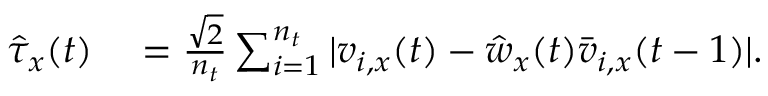
\begin{array} { r l } { \hat { \tau } _ { x } ( t ) } & { { } = \frac { \sqrt { 2 } } { n _ { t } } \sum _ { i = 1 } ^ { n _ { t } } | v _ { i , x } ( t ) - \hat { w } _ { x } ( t ) \bar { v } _ { i , x } ( t - 1 ) | . } \end{array}